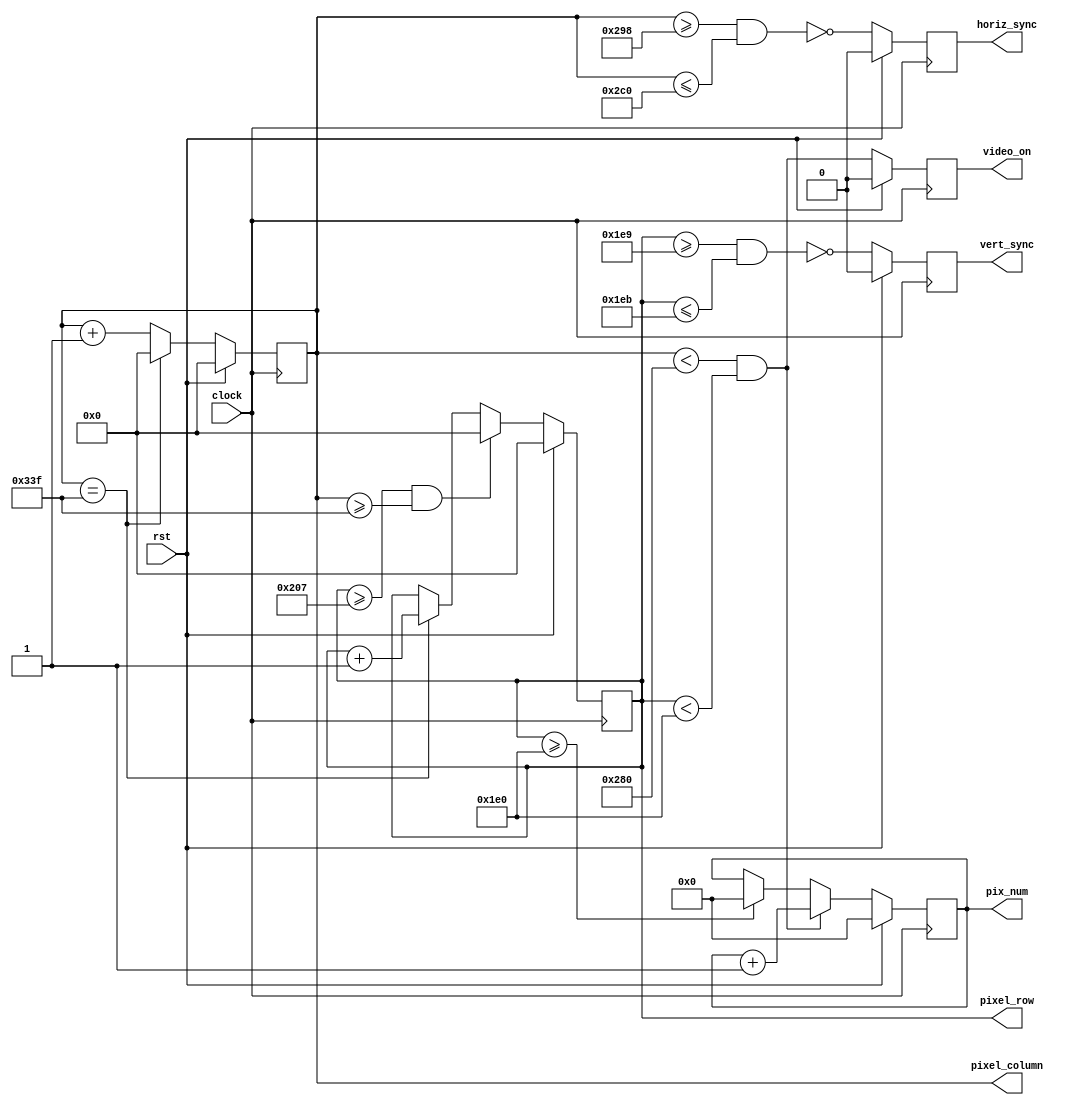
//	dtg.v - Horizontal & Vertical Display Timing & Sync generator for VESA timing
//	1024 * 768 working
//	Version:		2.0	
//	
//	 Revision History
//	 ----------------
//	 02-Feb-06		JDL	Added video_on output; simplified counter logic
//	 25-Oct-12		Modified for kcpsm6 and Nexys3
//   20-Sep-17		Modified the design, to produce signals for 1024*768 resolution
//
//	Description:
//	------------
//	 This circuit provides pixel location and horizontal and 
//	 vertical sync for a 1024 x 768 video image. 
//	
//	 Inputs:
//			clock           - 75MHz Clock
//			rst             - Active-high synchronous reset
//	 Outputs:
//			horiz_sync_out	- Horizontal sync signal to display
//			vert_sync_out	- Vertical sync signal to display
//			Pixel_row		- (12 bits) current pixel row address
//			Pixel_column	- (12 bits) current pixel column address
//			video_on        - 1 = in active video area; 0 = blanking;
//			
//////////

module dtg(
	input	wire		clock, rst,
	output	reg			horiz_sync, vert_sync, video_on,		
	output	reg	[11:0]	pixel_row, pixel_column,
	
	//absolute 1D pixel offset, equal to (row * column width) + column
	output  reg [31:0]  pix_num 
);

// Timing parameters (for 75MHz pixel clock and 1024 x 768 display)
//parameter
//		HORIZ_PIXELS = 1024,  HCNT_MAX  = 1327, 		
//		HSYNC_START  = 1053,  HSYNC_END = 1189,

//		VERT_PIXELS  = 768,  VCNT_MAX  = 805,
//		VSYNC_START  = 773,  VSYNC_END = 779;

// Timing parameters (for 31.5MHz pixel clock and 640 x 480 display @ 73Hz)
parameter
		HORIZ_PIXELS = 640,  HCNT_MAX  = 831, 		
		HSYNC_START  = 664,  HSYNC_END = 704,

		VERT_PIXELS  = 480,  VCNT_MAX  = 519,
		VSYNC_START  = 489,  VSYNC_END = 491;
			
// generate video signals and pixel counts
always @(posedge clock) begin
	if (rst) begin
	    pix_num      <= 0;
		pixel_column <= 0;
		pixel_row    <= 0;
		horiz_sync   <= 0;
		vert_sync    <= 0;
		video_on     <= 0;
	end
	else begin
		// increment horizontal sync counter.  Wrap if at end of row
		if (pixel_column == HCNT_MAX)	
			pixel_column <= 12'd0;
		else	
			pixel_column <= pixel_column + 12'd1;
			
		// increment vertical sync ounter.  Wrap if at end of display.  Increment if end of row
		//reset absolute pixel count on row reset, otherwise increment on every clock cycle
		if ((pixel_row >= VCNT_MAX) && (pixel_column >= HCNT_MAX)) 
			pixel_row <= 12'd0;
		else if (pixel_column == HCNT_MAX)
			pixel_row <= pixel_row + 12'b1;
		    
		// generate active-low horizontal sync pulse
		horiz_sync <=  ~((pixel_column >= HSYNC_START) && (pixel_column <= HSYNC_END));
			
		// generate active-low vertical sync pulse
		vert_sync <= ~((pixel_row >= VSYNC_START) && (pixel_row <= VSYNC_END));
			
		// generate the video_on signals and the pixel counts
		video_on <= ((pixel_column < HORIZ_PIXELS) && (pixel_row < VERT_PIXELS));
		
		//increment pix_num on every clock, when video is on, 
		if ((pixel_column < HORIZ_PIXELS) && (pixel_row < VERT_PIXELS))
		  pix_num <= pix_num + 32'b1;
		
		//if we are in the vertical blanking area, reset pix_num to 0
		else if (pixel_row >= VERT_PIXELS)
		  pix_num <= 32'b0;
	end
	
	
end // always
	
endmodule